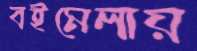
বইমেলায়